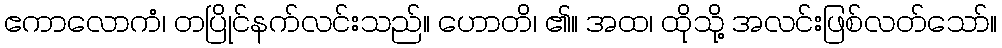
ဧကာလောကံ၊ တပြိုင်နက်လင်းသည်။ ဟောတိ၊ ၏။ အထ၊ ထိုသို့ အလင်းဖြစ်လတ်သော်။